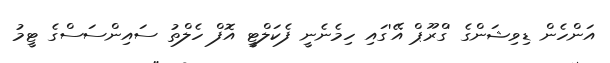
އަންހެން ޑިވިޝަންގެ 'ގްރޫޕް އޭ'ގައި ހިމެނެނީ ފެކަލްޓީ އޮފް ހެލްތު ސައިންސަސްގެ ޓީމު